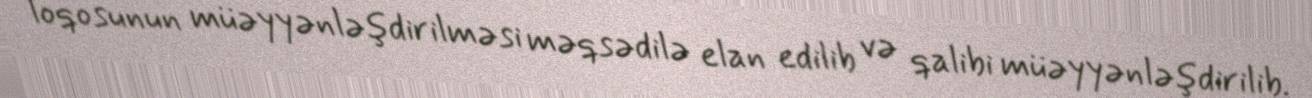
loqosunun müəyyənləşdirilməsi məqsədilə elan edilib və qalibi müəyyənləşdirilib.